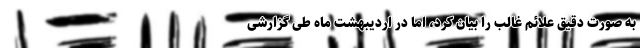
به صورت دقیق علائم غالب را بیان کرد، اما در اردیبهشت ماه طی گزارشی